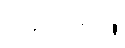
(၄) ဝတ်ပါ။